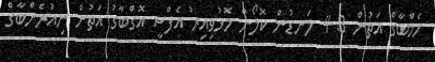
ހެމްބާގް އަތުން 3-4 ލަނޑުން ކޮލޯން މޮޅުވިއިރު އެފްސީ އޮގްބާގު އަތުން ނިއުރެންބާގް